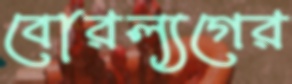
বোরল্যগের